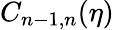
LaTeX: C_{n-1,n}(\eta)